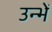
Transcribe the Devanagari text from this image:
उन्भें